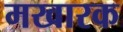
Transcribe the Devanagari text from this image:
मखारक